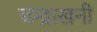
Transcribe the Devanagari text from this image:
चन्द्राखनी